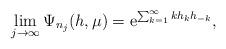
LaTeX: \begin{align*}\lim_{j\to \infty}\Psi_{n_j}(h,\mu)= {\rm e}^{\sum_{k=1}^\infty k h_k h_{-k}},\end{align*}